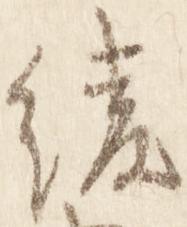
綾